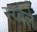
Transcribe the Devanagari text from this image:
स्य्बेले